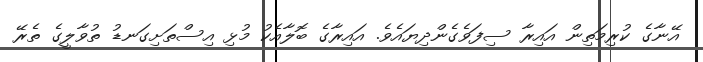
އޭނާގެ ކުރިމަތިން އައިރާ ސިފަވެގެންދިޔައެވެ. އައިރާގެ ބޮލާއެކު މުޅި އިސްތަށިގަނޑު ތުވާލީގެ ތެރޭ